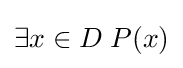
\exists x\in D\;P(x)